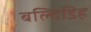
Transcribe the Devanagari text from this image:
बल्दिडिह